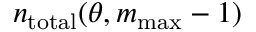
n _ { \mathrm { t o t a l } } ( \theta , m _ { \mathrm { m a x } } - 1 )